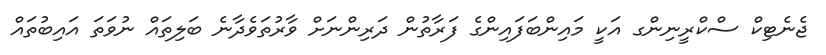
ޖެނެޓިކް ސްކްރީނިންގ އަކީ މައިންބަފައިންގެ ފަރާތުން ދަރިންނަށް ވާރުތަވެދާނެ ބަލިތައް ނުވަތަ އައިބުތައް